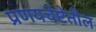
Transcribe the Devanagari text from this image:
प्रणयचेष्टेतील